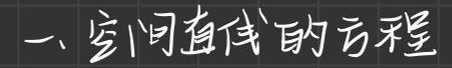
一、空间直线的方程